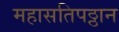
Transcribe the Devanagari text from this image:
महासतिपठ्ठान